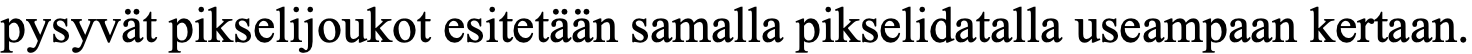
pysyvät pikselijoukot esitetään samalla pikselidatalla useampaan kertaan.